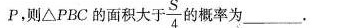
P，则\triangle PBC的面积大于 \frac{S}{4} 的概率为_____。